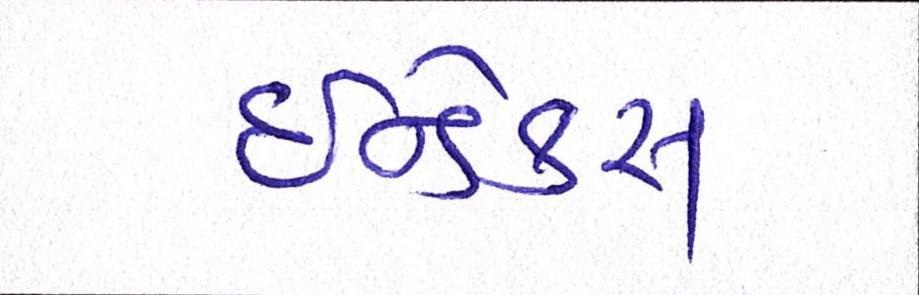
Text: ઇન્ડેક્સ